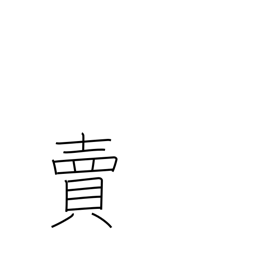
Meaning: betray